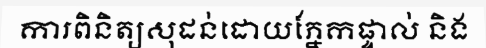
ការពិនិត្យសុដន់ដោយភ្នែកផ្ទាល់ និង